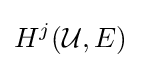
H^{j}({\mathcal {U}},E)